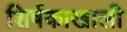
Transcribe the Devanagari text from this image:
शिर्षकाखाली